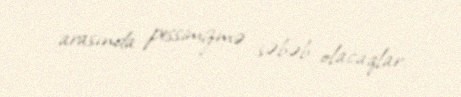
arasında pessimizmə səbəb olacaqlar.